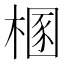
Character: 㮯